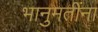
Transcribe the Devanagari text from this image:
भानुमतींना